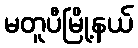
မတူပီမြို့နယ်